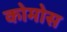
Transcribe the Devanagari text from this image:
कोमोस